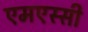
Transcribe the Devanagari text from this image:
एमएस्सी